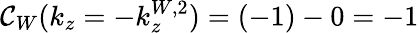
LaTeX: \mathcal{C}_{W}(k_{z}=-k_{z}^{W,2})=(-1)-0=-1